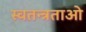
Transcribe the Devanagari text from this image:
स्वतन्त्रताओ